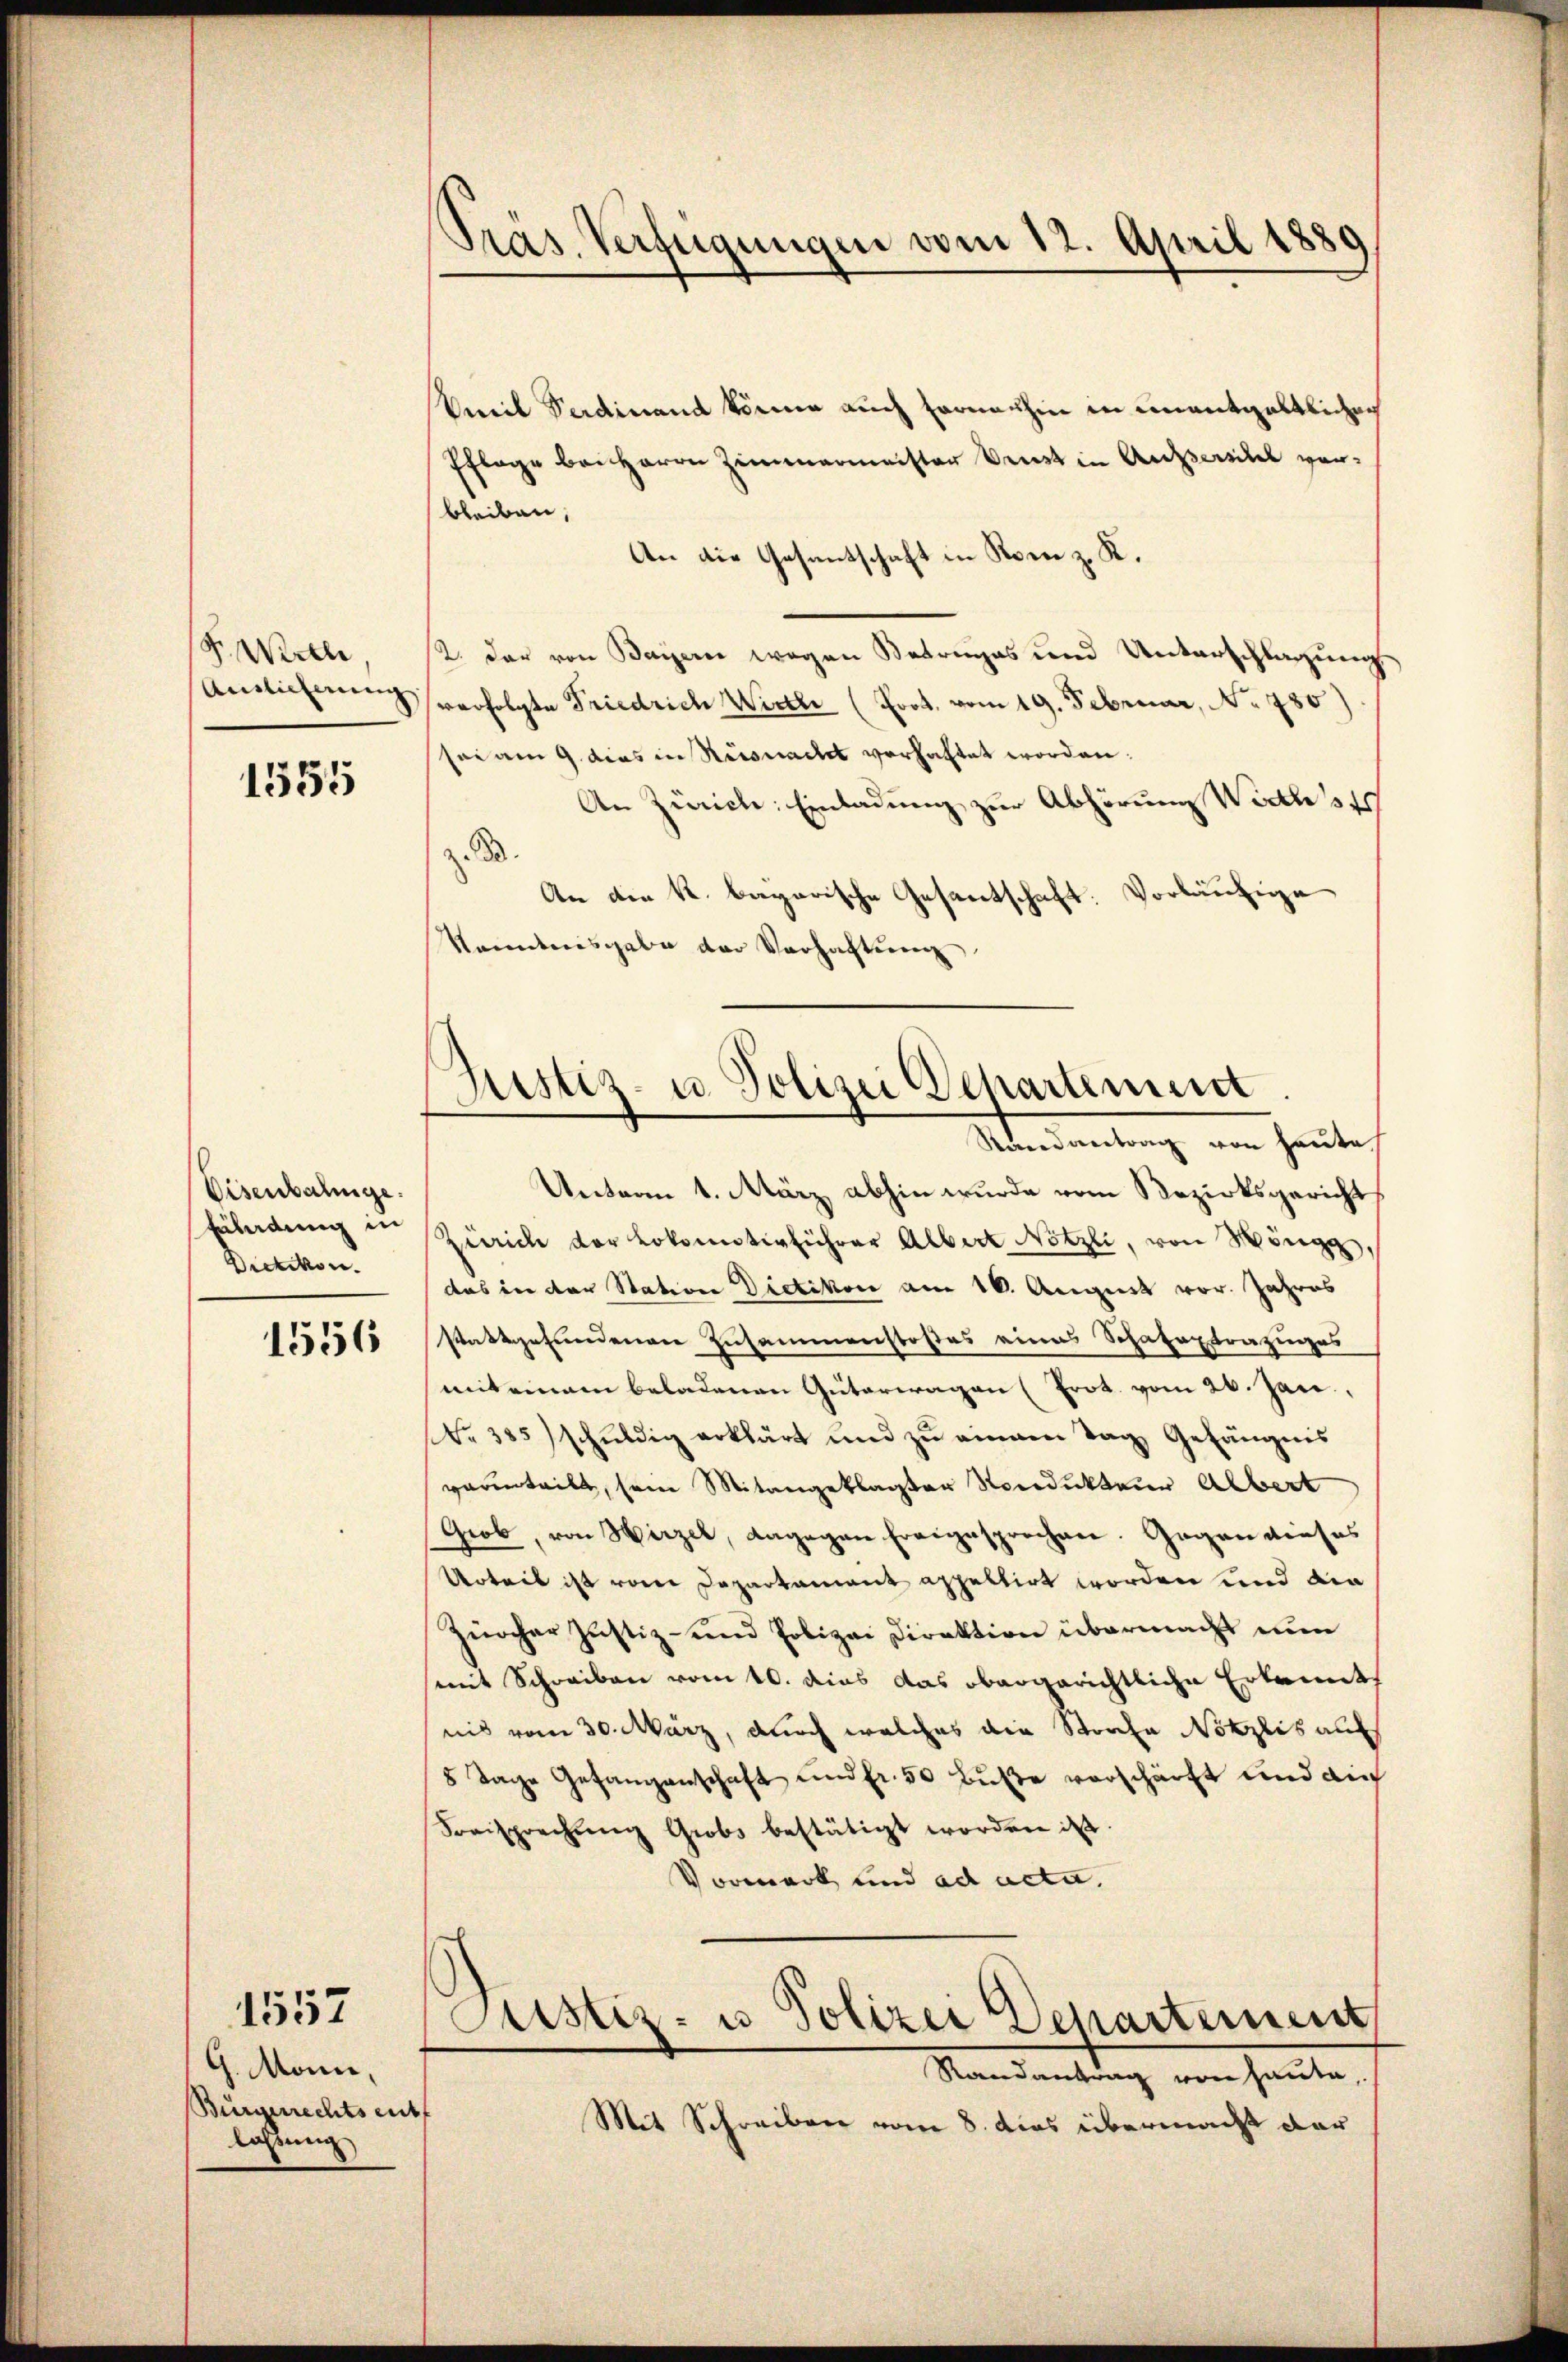
P. Wille,
Auslicherung

1555

Eisenbahnge.
Fäladung in
Dietikon.

1556

G. Mann,
Bürgerrechts ent
lassung

1557

Emil Verdinand könne auch Fornachin in unentgeltlichen
Pflage bei Herrn Zimmermeister denst in Angstrikel verbleiben,
An die Gesantschaft in Rom z. K.
2. dar von Bayern wegen Betrages und Unterschlagung
verfolgte Friedrich Wirter (Prot. vom 19. Februar, No 780)
sei am 9. dies in Rissnacht vorhaltet worden.
An Zürich: Einladung zur Abhörung Wirths
z. B.
An die k. bayerische Gesantschaft. Vorläufige
Nanntnisgabe der Verhaltŭng

Pras. Verfügungen vom 12. April 1889

Justiz- u. Polizei Departement
Randantrag von heute

Unterm 1. März abhin wurde vom Bezirksgericht
Zürich der Lokomotivführer Albert Nötzli, von Mänge,
das in der Station Dietikon am 16. August vor. Jahres
stattgefundenen Zusammenstoßes eines Schatextrazuges
mit einem beladenen Güterwagen (Prot. vom 26. Jan.
No 385) schŭldig erklärt und zŭ einem Tag Gefängnis
varenteilt, sein Mitangeklagter Nondukteur Albert
Grob, von Hirzel, dagegen freigesprochen. Gegen dieses
Urteil ist vom Departament appellirt worden und die
Zürcher Justiz- und Polizei Direktion übermacht nun
mit Schreiben vom 10. dies das obergerichtliche Erkannt
nis vom 30. März, durch welches die Strafe Nötzlis auf
8 Tage Gefangenschaft und Fr. 50 Buße vorschärft und auf
Sorisprechung Grobs bestätigt worden ist.
Vormark und ad acta.
Justiz- u. Polizei Departemen
Randantrag von heute.
Mit Schreiben vom 8. dies übermacht dar